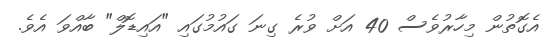
އެގޮތުން މިހާރުވެސް 40 އަށް ވުރެ ގިނަ ގައުމުގައި "އައިޑޮލް" ބާއްވަ އެވެ.